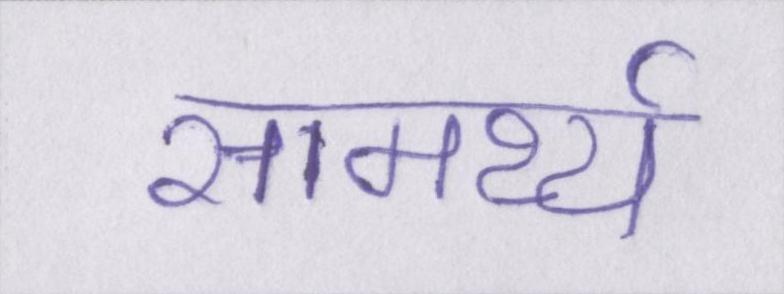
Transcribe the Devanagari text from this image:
सामर्थ्य